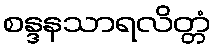
စန္ဒနသာရလိတ္တံ